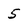
Character: 5